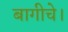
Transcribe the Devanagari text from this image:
बागीचे।